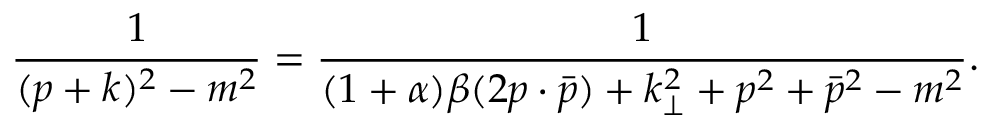
\frac { 1 } { ( p + k ) ^ { 2 } - m ^ { 2 } } = \frac { 1 } { ( 1 + \alpha ) \beta ( 2 p \cdot \bar { p } ) + k _ { \perp } ^ { 2 } + p ^ { 2 } + \bar { p } ^ { 2 } - m ^ { 2 } } .